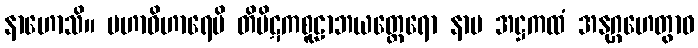
နာဟောသိ။ မဟာဝိဟာရေပိ တိပိဋကစူဠာဘယတ္ထေရော နာမ အဋ္ဌကထံ အနုဂ္ဂဟေတွာဝ